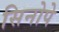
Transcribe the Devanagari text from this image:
सिनोपे